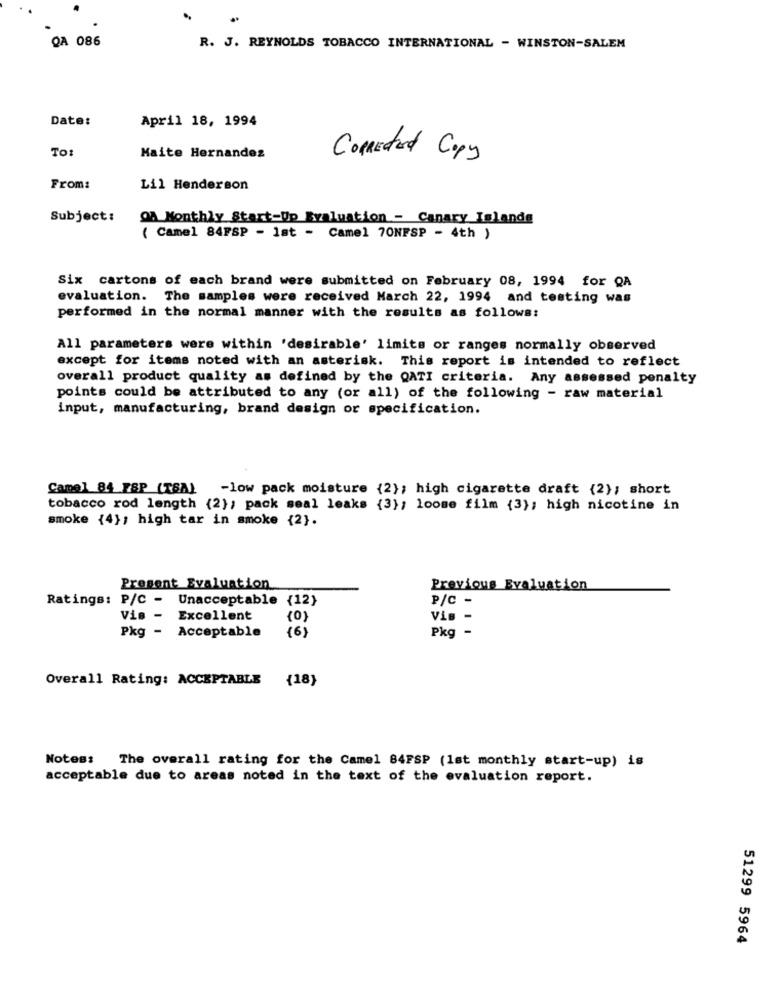
QA 086
R. J. REYNOLDS TOBACCO INTERNATIONAL - WINSTON-SALEM
Date:
April 18, 1994
TO:
Maite Hernandez
Connected Copy
From:
Lil Henderson
Subject:
OA Monthly Start-Up Evaluation - Canary Islands
( Camel 84FSP - 1st - Camel 70NFSP - 4th )
Six cartons of each brand were submitted on February 08, 1994 for QA
evaluation. The samples were received March 22, 1994 and testing was
performed in the normal manner with the results as follows:
All parameters were within 'desirable' limits or ranges normally observed
except for items noted with an asterisk. This report is intended to reflect
overall product quality as defined by the QATI criteria. Any assessed penalty
points could be attributed to any (or all) of the following - raw material
input, manufacturing, brand design or specification.
Camel 84 ESP (TSA) -low pack moisture {2}; high cigarette draft {2}; short
tobacco rod length {2}; pack seal leaks {3}; loome film {3}; high nicotine in
smoke {4}, high tar in smoke {2}.
Present Evaluation
Previous Evaluation
Ratings: P/C - Unacceptable
{12}
P/C -
Vis -
Excellent
Vis -
(6)
Pkg -
Pkg - Acceptable
Overall Rating: ACCEPTABLE {18}
Notes:
The overall rating for the Camel 84FSP (1st monthly start-up) is
acceptable due to areas noted in the text of the evaluation report.
51299 5964